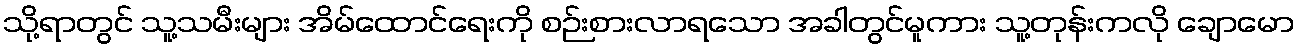
သို့ရာတွင် သူ့သမီးများ အိမ်ထောင်ရေးကို စဉ်းစားလာရသော အခါတွင်မူကား သူ့တုန်းကလို ချောမော